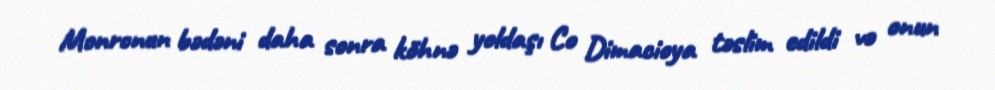
Monronun bədəni daha sonra köhnə yoldaşı Co Dimacioya təslim edildi və onun